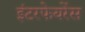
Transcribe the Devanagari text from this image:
इंटरफेयरेंस